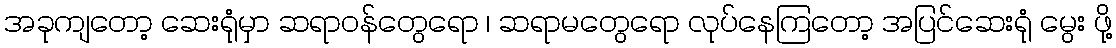
အခုကျတော့ ဆေးရုံမှာ ဆရာဝန်တွေရော ၊ ဆရာမတွေရော လုပ်နေကြတော့ အပြင်ဆေးရုံ မွေး ဖို့